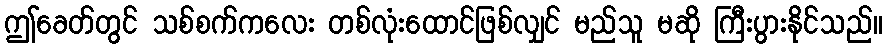
ဤခေတ်တွင် သစ်စက်ကလေး တစ်လုံးထောင်ဖြစ်လျှင် မည်သူ မဆို ကြီးပွားနိုင်သည်။